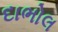
દાભોલ